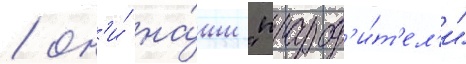
/ он'и́ на́ши "прарод'и́т'ел'и"